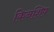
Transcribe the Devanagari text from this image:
किनशिप